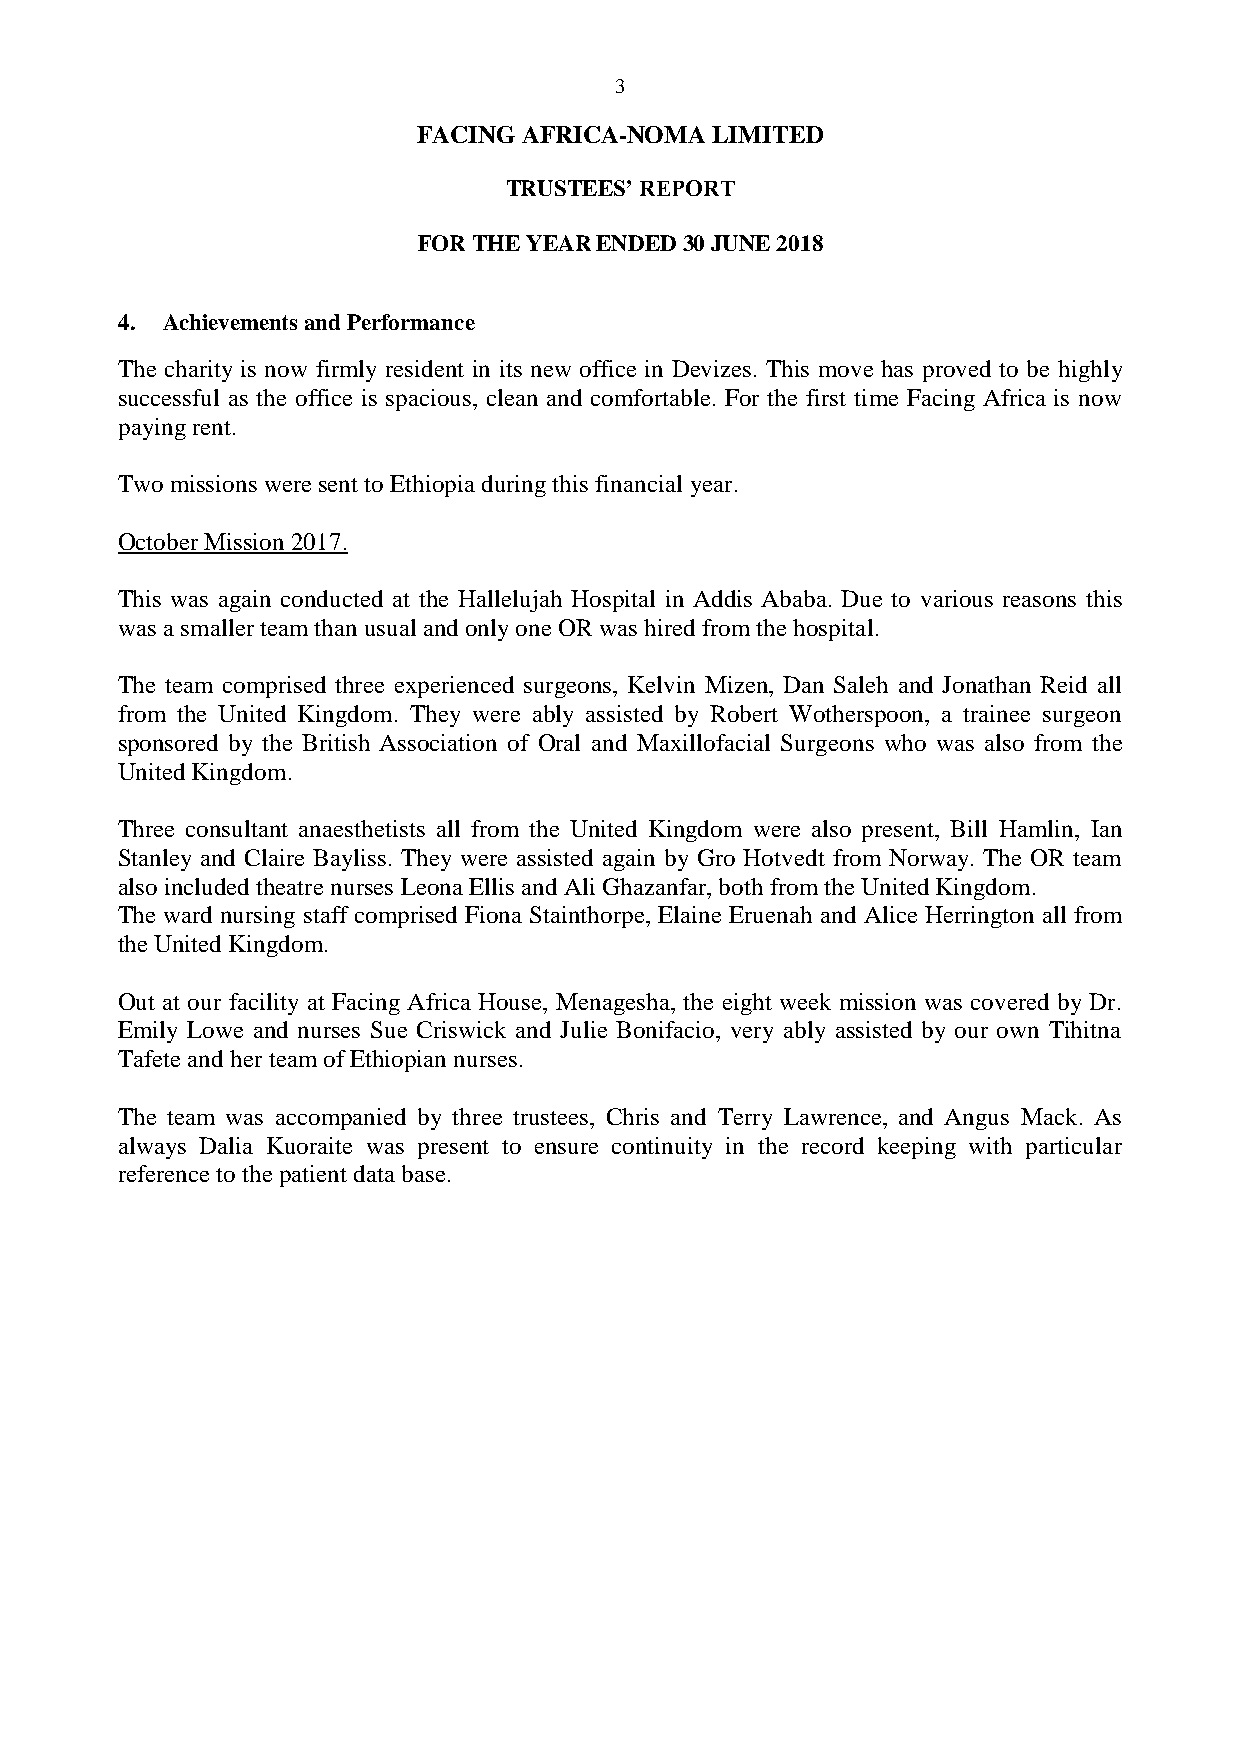
3
 FACING AFRICA-NOMA LIMITED
 TRUSTEES’ REPORT
 FOR THE YEAR ENDED 30 JUNE 2018
 4. Achievements and Performance
 The charity is now firmly resident in its new office in Devizes. This move has proved to be highly
 successful as the office is spacious, clean and comfortable. For the first time Facing Africa is now
 paying rent.
 Two missions were sent to Ethiopia during this financial year.
 October Mission 2017.
 This was again conducted at the Hallelujah Hospital in Addis Ababa. Due to various reasons this
 was a smaller team than usual and only one OR was hired from the hospital.
 The team comprised three experienced surgeons, Kelvin Mizen, Dan Saleh and Jonathan Reid all
 from the United Kingdom. They were ably assisted by Robert Wotherspoon, a trainee surgeon
 sponsored by the British Association of Oral and Maxillofacial Surgeons who was also from the
 United Kingdom.
 Three consultant anaesthetists all from the United Kingdom were also present, Bill Hamlin, Ian
 Stanley and Claire Bayliss. They were assisted again by Gro Hotvedt from Norway. The OR team
 also included theatre nurses Leona Ellis and Ali Ghazanfar, both from the United Kingdom.
 The ward nursing staff comprised Fiona Stainthorpe, Elaine Eruenah and Alice Herrington all from
 the United Kingdom.
 Out at our facility at Facing Africa House, Menagesha, the eight week mission was covered by Dr.
 Emily Lowe and nurses Sue Criswick and Julie Bonifacio, very ably assisted by our own Tihitna
 Tafete and her team of Ethiopian nurses.
 The team was accompanied by three trustees, Chris and Terry Lawrence, and Angus Mack. As
 always Dalia Kuoraite was present to ensure continuity in the record keeping with particular
 reference to the patient data base.